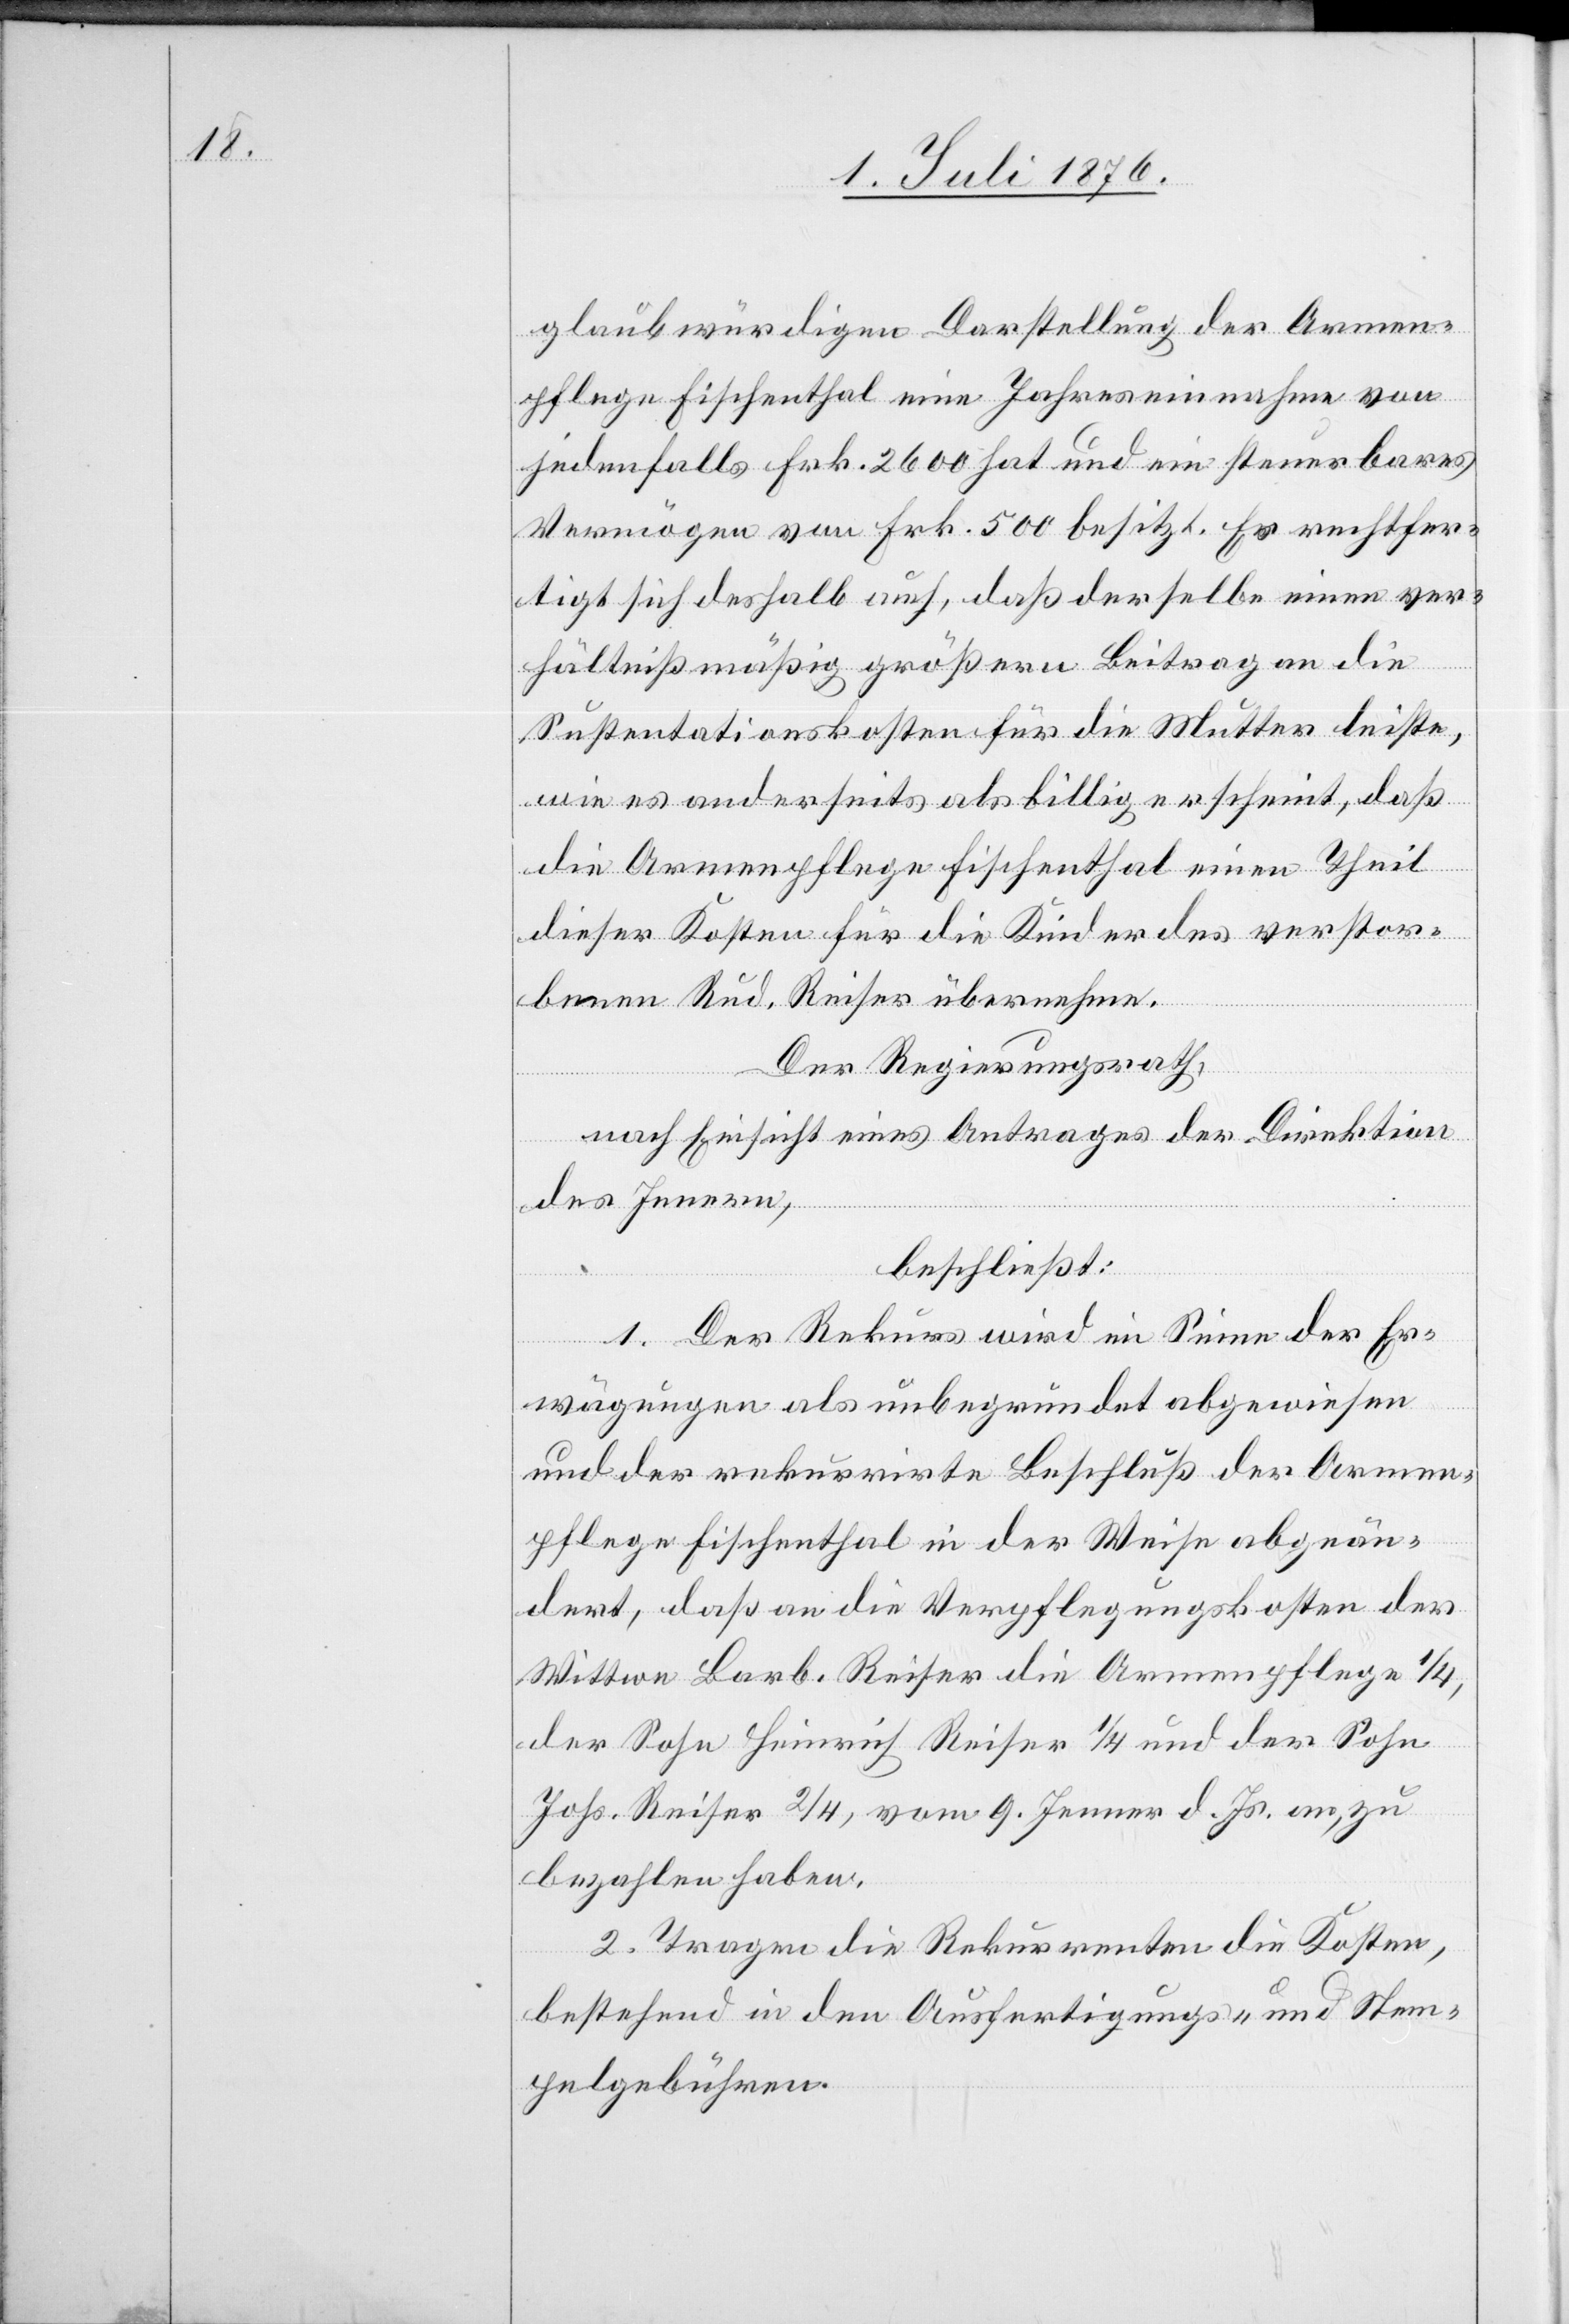
n Darstellung der Armen¬
lege
jedenfalls Frk. 2600 hat und ein steuerbares
Vermögen von Frk. 500 besitzt. Es rechtfer¬
tigt sich deshalb auch, daß derselbe einen ver¬
hältnißmäßig größern Beitrag an die
Sustentationskosten für die Mutter leiste,
wie es anderseits als billig erscheint, daß
die Armenpflege Fischenthal einen Theil
dieser Kosten für die Kindes des verstor¬
benen Rud. Reiser übermache.
Der Regierungsrath,
nach Einsicht eines Antrages der Direktion
des Innern,
beschließt:
1. Der Rekurs wir im Sinne der Er¬
wägungen als unbegründet abgewiesen
und der rekurrirte Beschluß der Armen¬
pflege Fischenthal in der Weise abgeän¬
dert, daß an die Verpflegungskosten der
Wittwe Barb. Reiser die Armenpflege 1/4,
der Sohn Heinrich Reiser 1/4 und der Sohn
von
Johs. Reiser 2/4, vom 9. Jenner d. Js. an, zu
bezahlen haben.
2. Tragen die Rekurrenten die Kosten,
bestehend in den Ausfertigungs- und Stem¬
pelgebühren.